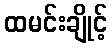
ထမင်းချိုင့်